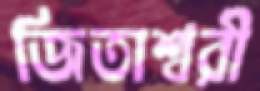
জিতাশ্বরী